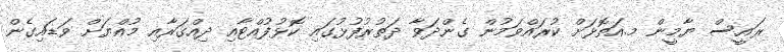
ރައީސް ޔާމީން މ.އަތޮޅަށް ކުރައްވަމުން ގެންދަވާ ދަތުރުފުޅުގައި ކޮޅުފުއްޓާއި ދިއްގަރާއި މުއްޔަށް ވަޑައިގެން